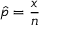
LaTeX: { \hat { p } } = { \frac { x } { n } }